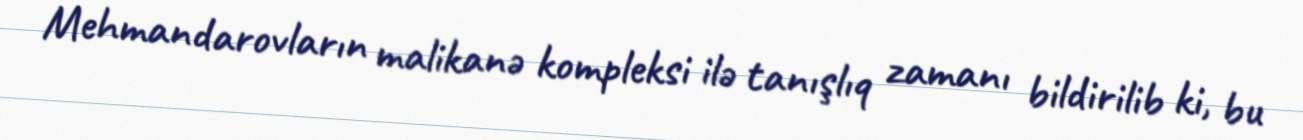
Mehmandarovların malikanə kompleksi ilə tanışlıq zamanı bildirilib ki, bu